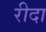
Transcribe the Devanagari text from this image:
रीदा